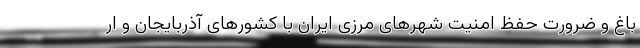
باغ و ضرورت حفظ امنیت شهرهای مرزی ایران با کشورهای آذربایجان و ار